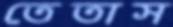
তেতাস